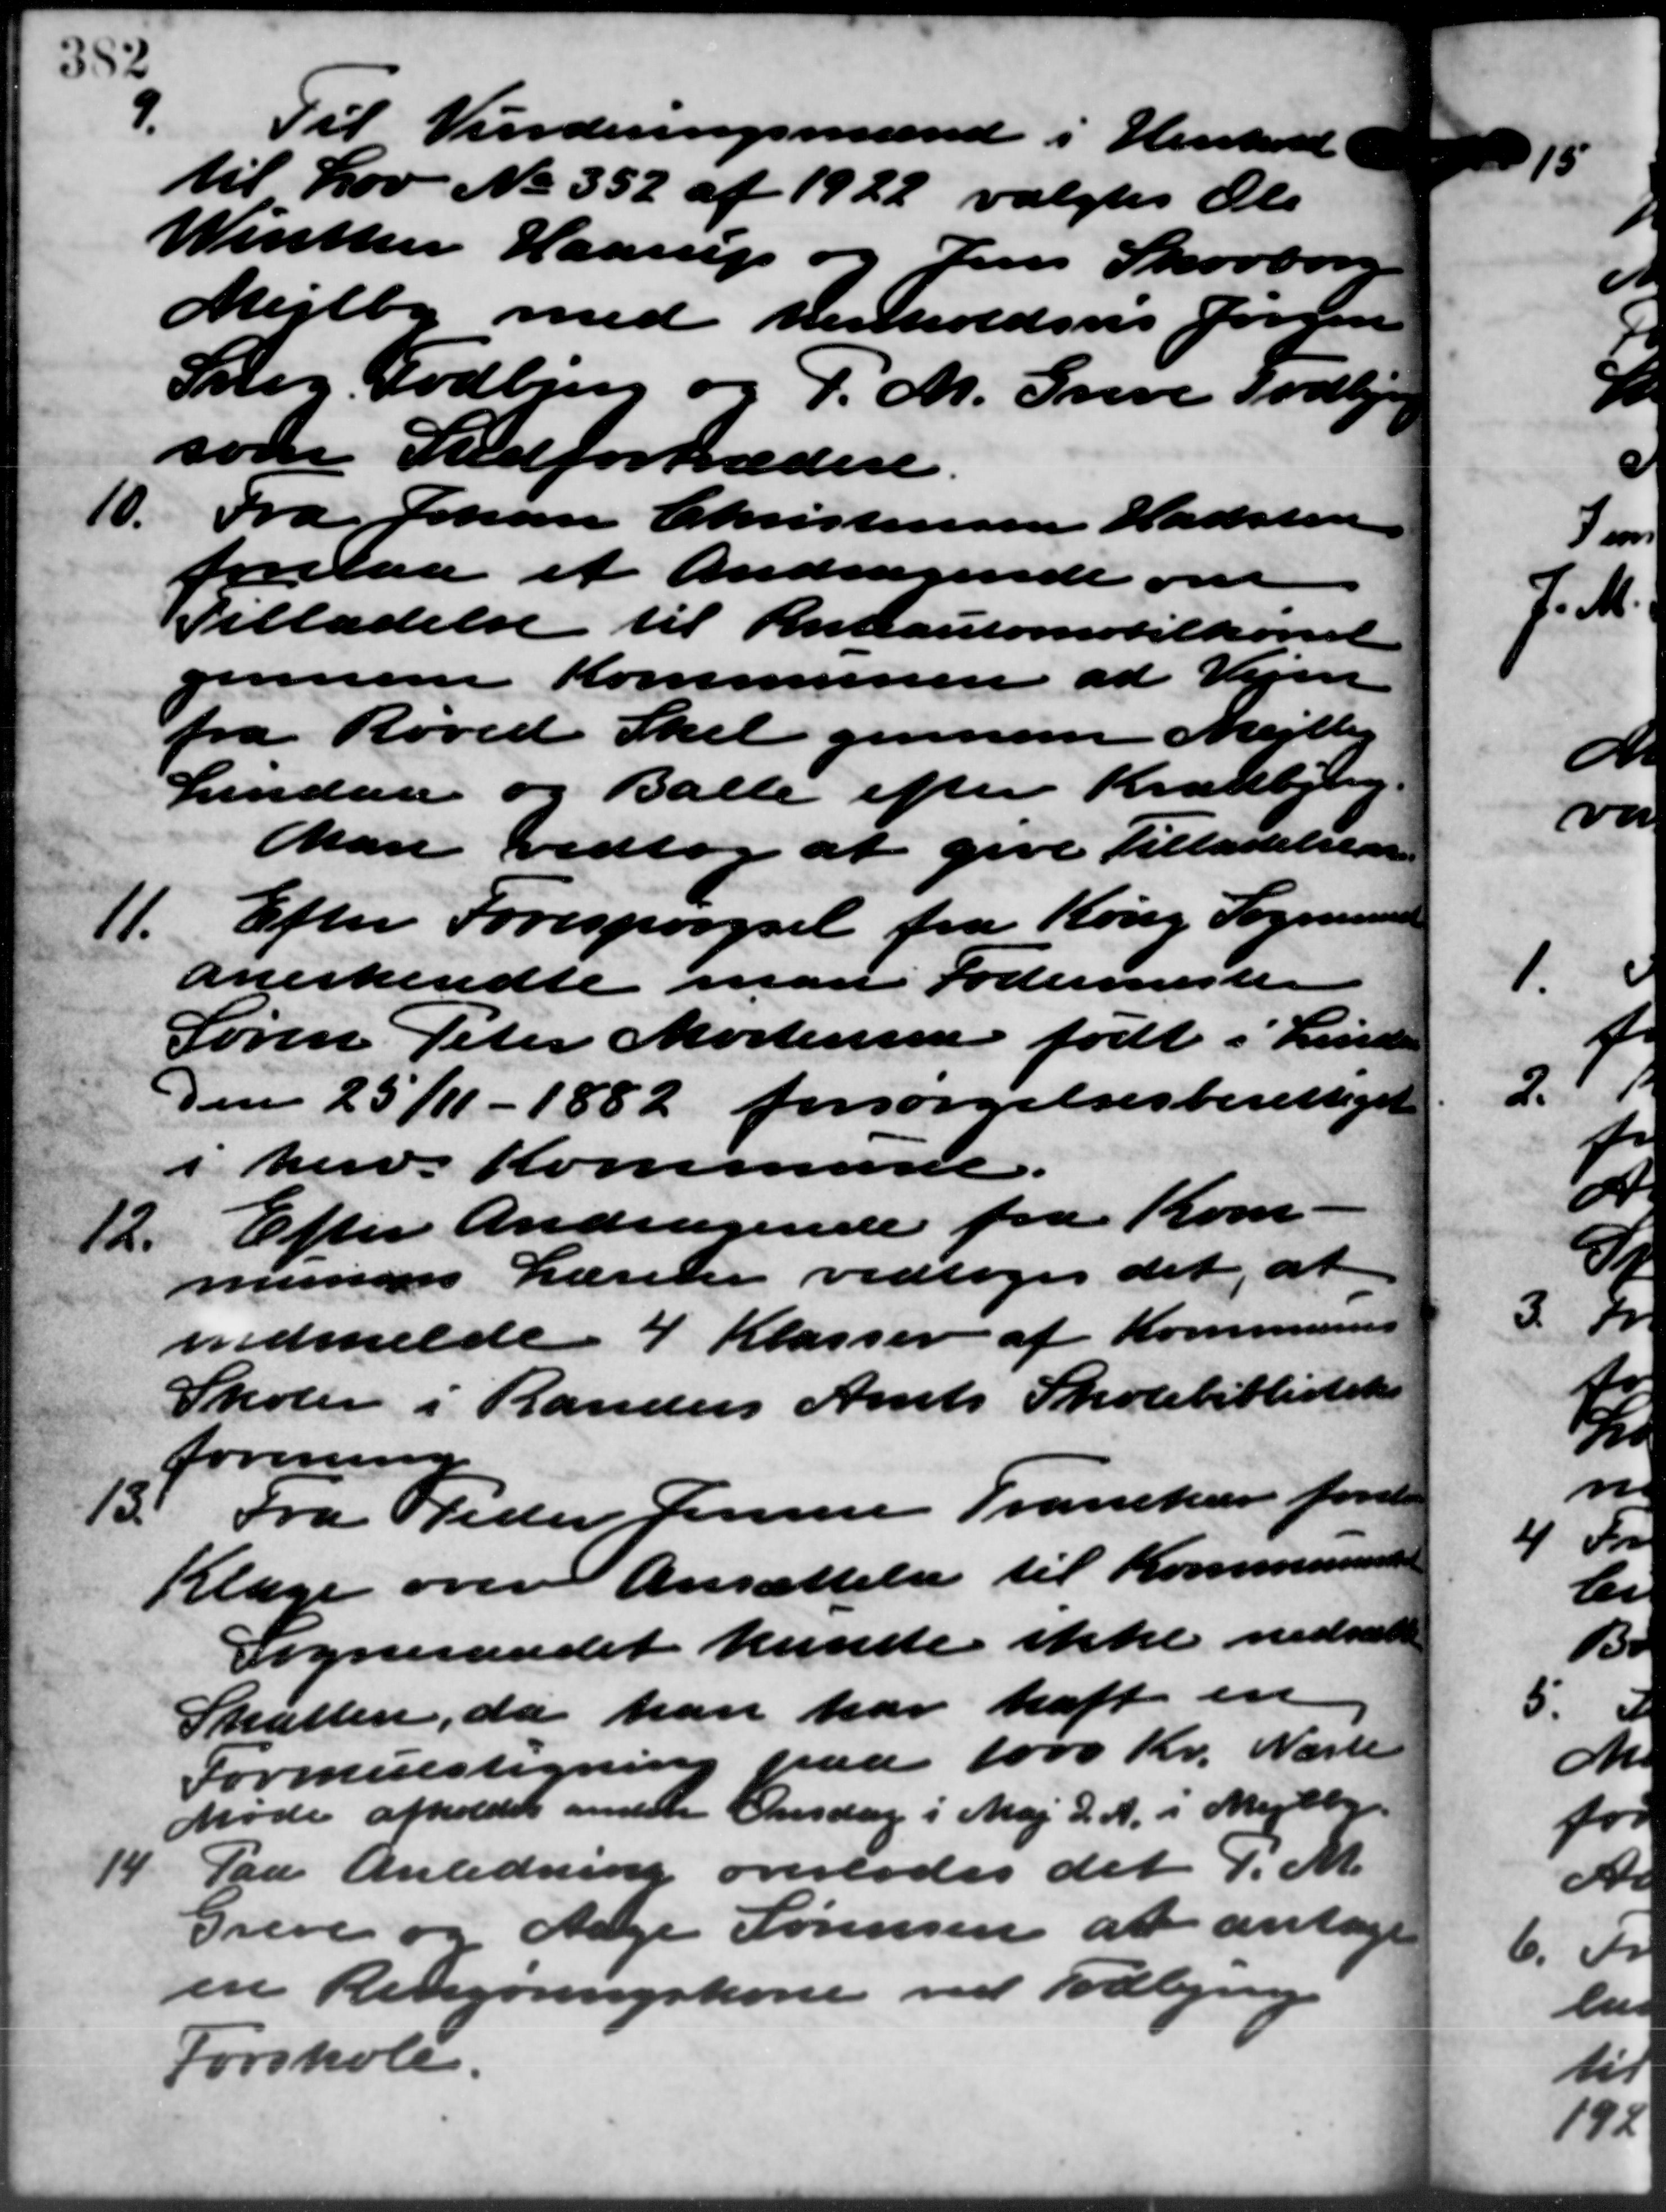
Transskription:
Til Vurderingsmænd i Henhold
til Lov No. 352 af 1922 valgtes Ols
Winther Haarup og Jens Skovborg
Mejlby med henholdsvis Jorden
Sneg. Todbjerg og P. M. Greve Todbjerg
som Stedfortrædere.
10.
Fra Johan Christensen Hadsten
forelaa et Andragende om
Tilladelse til Ruteautomobilkørsel
gennem Kommunen at Vejen
fra Hoved Skel gennem Mejlby
Lindaa og Balle efter Kradbjerg.
Man vedtog at give Tilladelsen
11.
Efter Forespørgsel fra Kong Sogneraade
anerkendte man Fodermester
Søren Peter Mortensen født i Linde
Den 25/11 - 1882 forsørgelsesberettiget
i herv. Kommune.
12.
Efter Andragende fra Kom –
munens Lærerer vedtoges det, at
indmelde 4 Klasser af Kommunens
Skoler i Randers Amts Skolebiblioteks
forening
Fra Peder Jensen Tranekær forelaa
Klage over Ansættelse til Kommunens
Sogneraadet kunde ikke nedsætte
Skatten, da han har haft en
Formuestegning paa 1000 Kr. Næste
Møde afholdes anden Onsdag i Maj d. A. i Mejlby.
14
Paa Anledning overlodes det d. M.
Greve og Aage Sørensen at antage
en Rengøringskone ved Todbjerg
Forskole.
13.